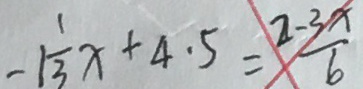
- 1 \frac { 1 } { 3 } x + 4 . 5 = \frac { 2 - 3 x } { 6 }